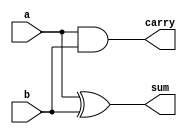
//-----------------------------------------------------------------------------
//
// Title       : Prob_3_39
// Design      : CS302_Fall2022
// Company     : MEM
//
//-----------------------------------------------------------------------------

module Prob_3_39 (sum, carry, a, b);
	input a, b;
	output sum, carry; 
	
	xor (sum, a, b);
	and (carry, a, b);
	
endmodule